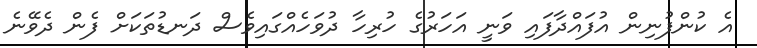
އެ ކުންފުނިން އުފައްދާފައި ވަނީ އަހަރުގެ ހުރިހާ ދުވަހެއްގައިވެސް ދަނޑުތަކަށް ފެން ދެވޭނެ